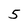
Character: 5